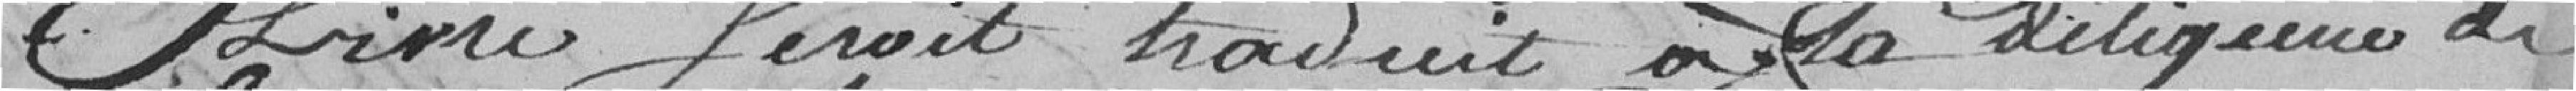
livré, serait traduit à la diligence de